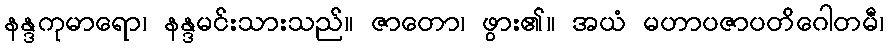
နန္ဒကုမာရော၊ နန္ဒမင်းသားသည်။ ဇာတော၊ ဖွား၏။ အယံ မဟာပဇာပတိဂေါတမီ၊